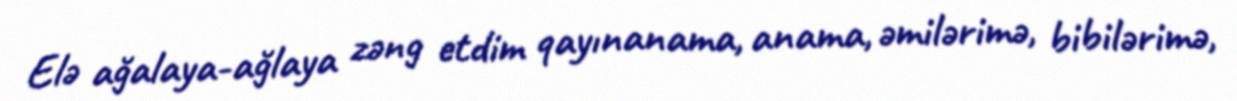
Elə ağalaya-ağlaya zəng etdim qayınanama, anama, əmilərimə, bibilərimə,